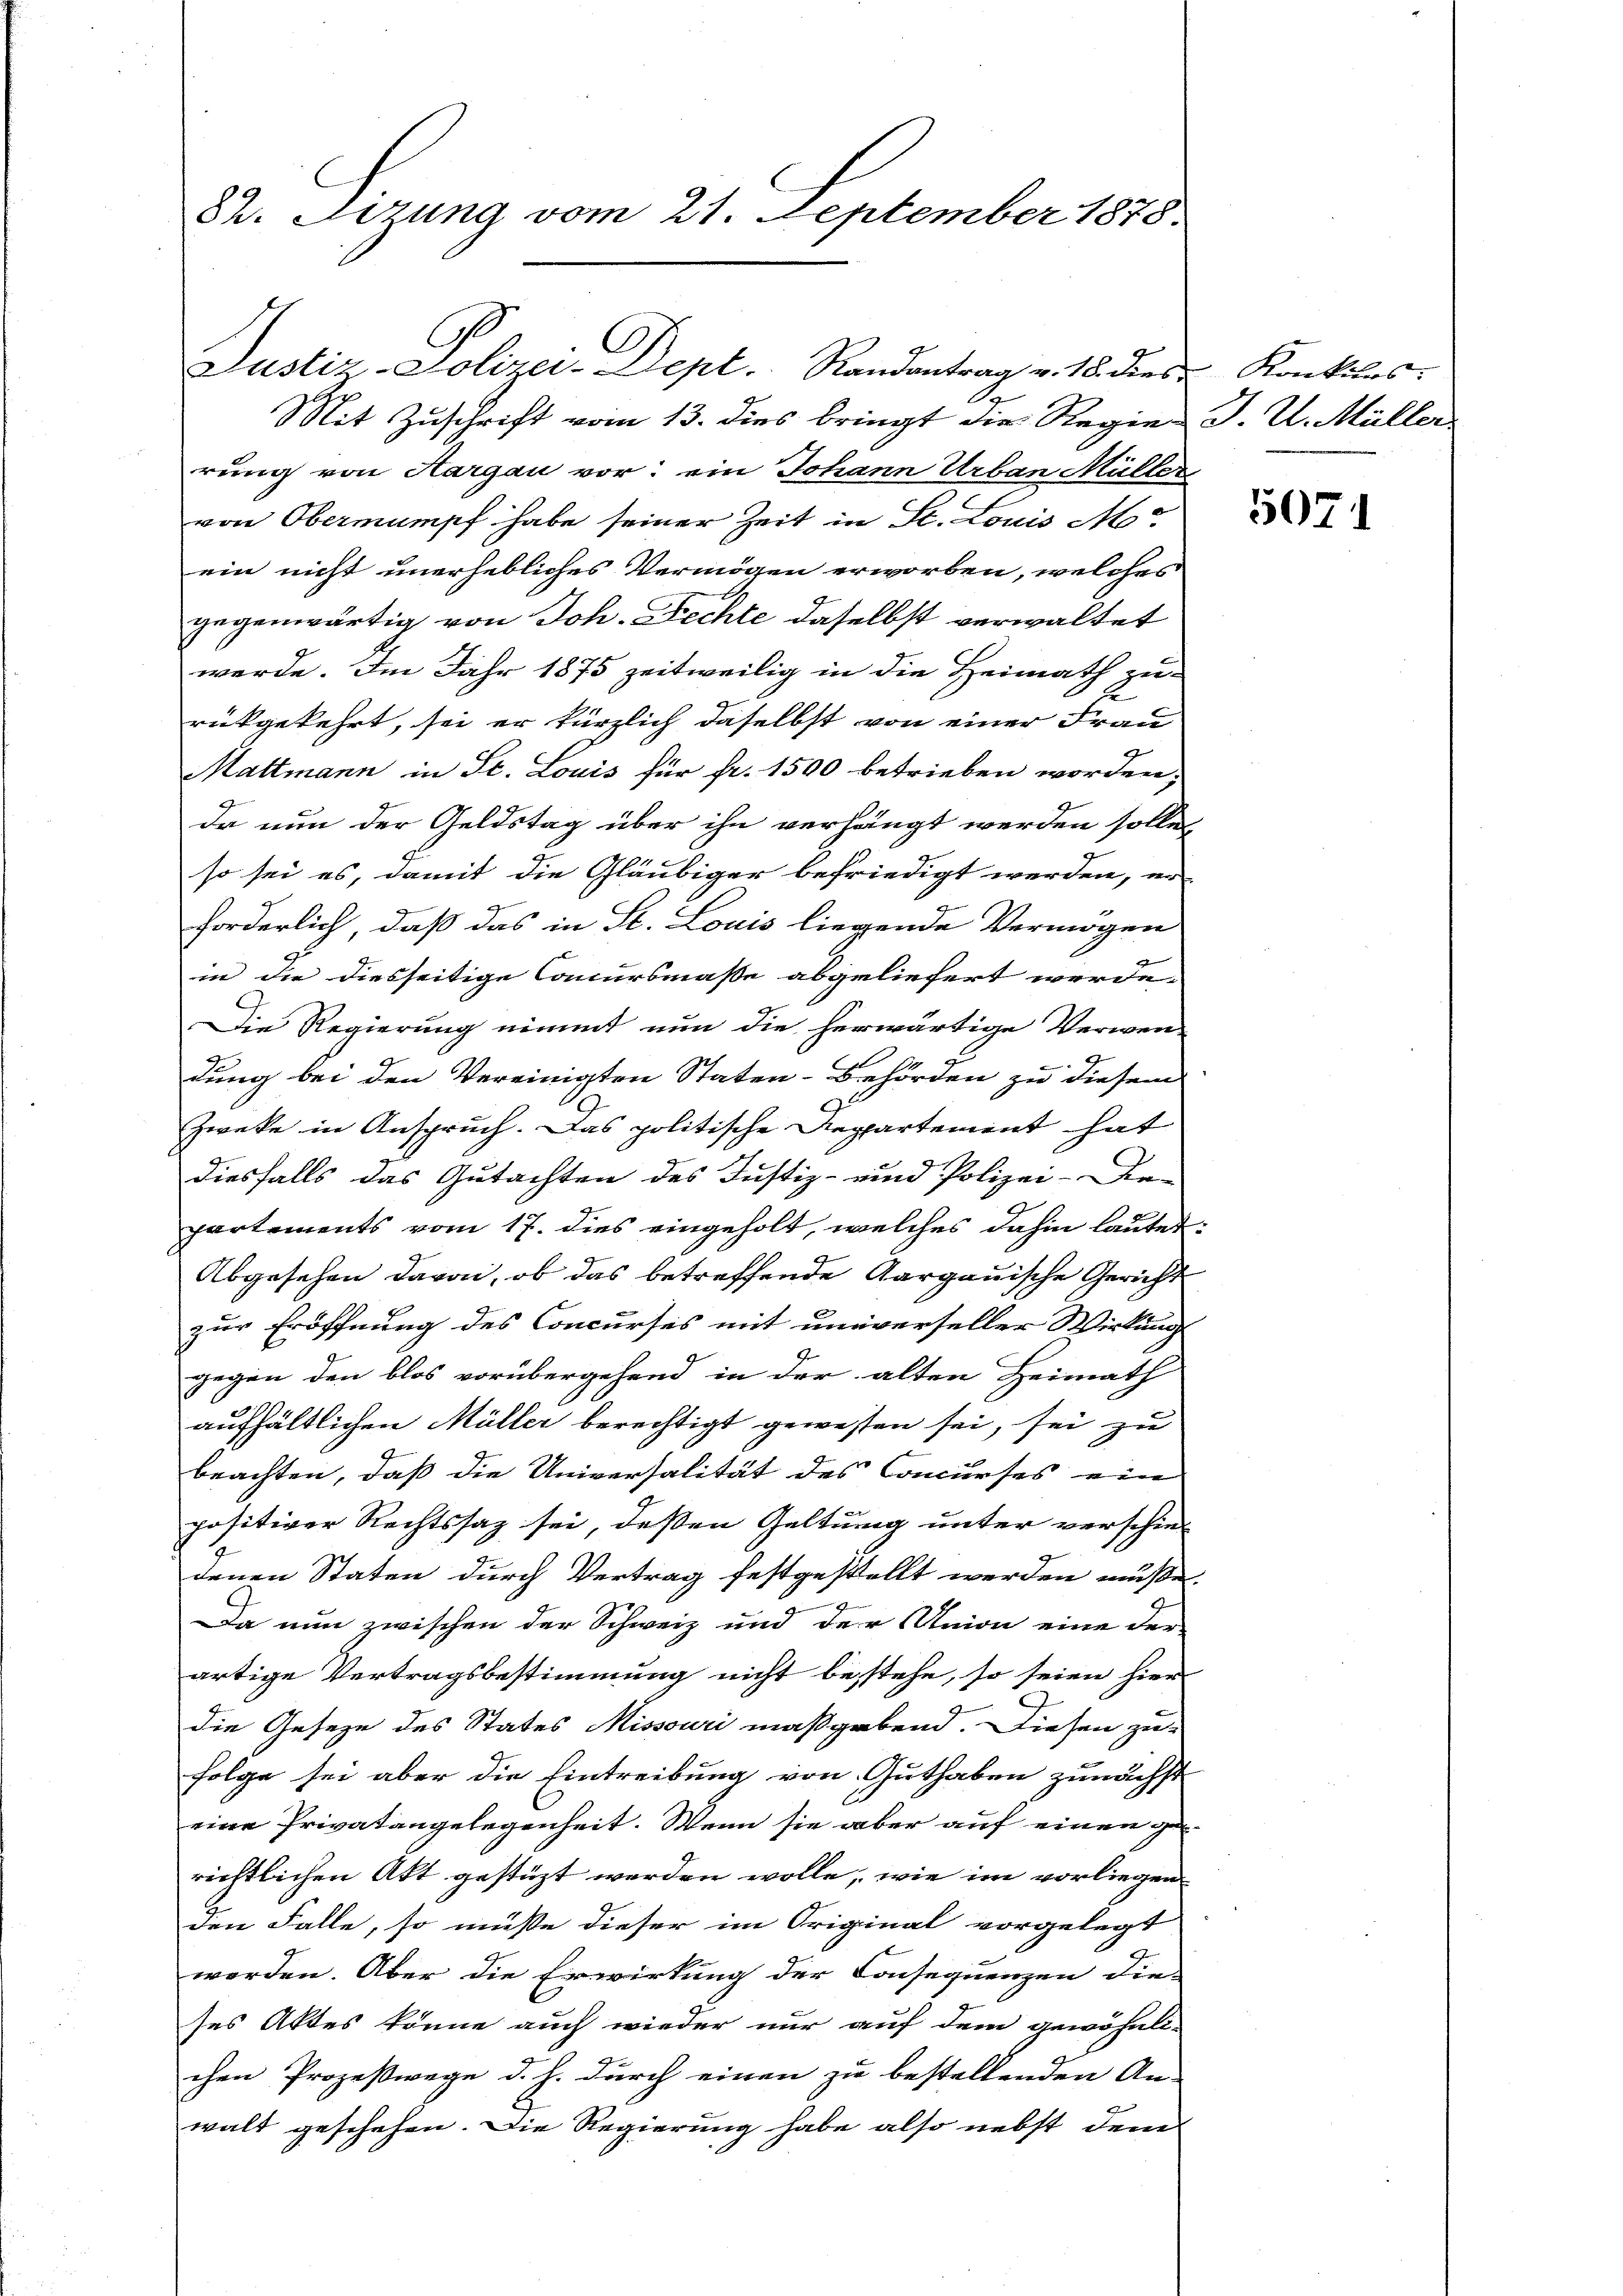
dh. Sizung vom 21. September 1878.

Justiz, Polizei-Dept. Randantrag v. 18. die Kontiles.
A
Mit Zuschrift vom 13. dies bringt die Regie-J. U. Müller

rung von Aargau vor; ein Johann Urban Müller
von Obermumpf habe seiner Zeit in St. Louis M
ein nicht unerhebliches Vermögen erworben, welches
gegenwärtig von Joh. Fechte daselbst verwaltet
werde. Im Jahr 1875 zeitweilig in die Heimath zu-
rükgekehrt, sei er kürzlich daselbst von einer Frau
Mattmann in St. Louis für fr. 1500 betrieben worden,
da nun der Geldstag über ihn verhängt werden solle,
so sei es, damit die Gläubiger befriedigt werden, er
forderlich, daß das in St. Louis liegende Vermögen
in die diesseitige Concursmaße abgeliefert werde.
Die Regierung nimmt nun die herwärtige Verwen-
dung bei den Vereinigten Staten-Behörden zu diesem
Zweke in Anspruch. Das politische Reppartement hat
diesfalls das Gutachten des Justiz- und Polizei-Be-
partements vom 17. dies eingeholt, welches dahin lautet
Abgesehen davon, ob das betreffende Aargauische Gericht
zur Eröffnung des Concurses mit universeller Wirkung
gegen den blos vorübergehend in der alten Heimath
aufhältlichen Müller berechtigt gewesen sei, sei zu
beachten, daß die Universalität des Concurses ein
positiver Rechtssatz sei, deßen Geltung unter verschie-
denen Staten durch Vertrag festgestellt werden müße.
Da nun zwischen der Schweiz und der Union eine der
artige Vertragsbestimmung nicht bestehe, so seien hier
die Gesetze des States Missouri maßgebend. Diesen zu-
Folge sei aber die Eintreibung von Guthaben zunächst
eine Privatangelegenheit. Wenn sie aber auf einen gerichtlichen Akt gestüzt werden wolle, wie im vorliegen-
den Falle, so müsse dieser im Original vorgelegt
werden. Aber die Erwirkung der Consequenzen die-
ses Aktes könne auch wieder nur auf dem gewöhnlichen Prozeßwege d. h. durch einen zu bestellenden An-
walt geschehen. Die Regierung habe also nebst dem

2

5071